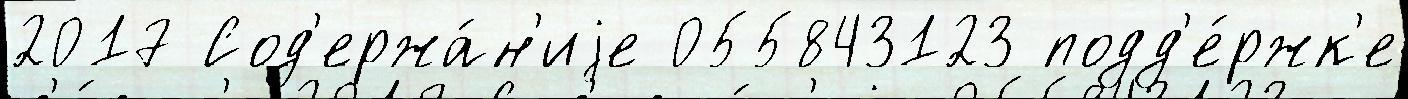
2017 Сод'ержа́н'иjе 055843123 подд'е́ржк'е